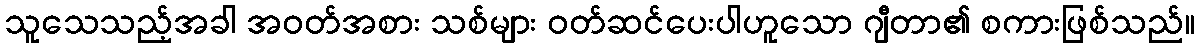
သူသေသည့်အခါ အဝတ်အစား သစ်များ ဝတ်ဆင်ပေးပါဟူသော ဂျီတာ၏ စကားဖြစ်သည်။